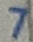
Text: 7